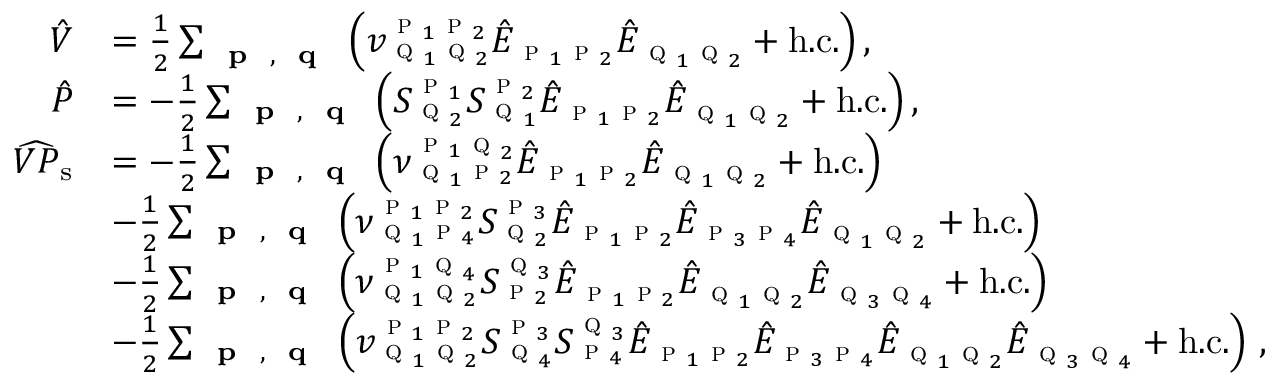
\begin{array} { r l } { \hat { V } } & { = \frac { 1 } { 2 } \sum _ { \textbf { \textsc { p } } , \textbf { \textsc { q } } } \left( v _ { \textsc { q } _ { 1 } \textsc { q } _ { 2 } } ^ { \textsc { p } _ { 1 } \textsc { p } _ { 2 } } \hat { E } _ { \textsc { p } _ { 1 } \textsc { p } _ { 2 } } \hat { E } _ { \textsc { q } _ { 1 } \textsc { q } _ { 2 } } + \mathrm { h . c . } \right) , } \\ { \hat { P } } & { = - \frac { 1 } { 2 } \sum _ { \substack { \textbf { \textsc { p } } , \textbf { \textsc { q } } } } \left( S _ { \textsc { q } _ { 2 } } ^ { \textsc { p } _ { 1 } } S _ { \textsc { q } _ { 1 } } ^ { \textsc { p } _ { 2 } } \hat { E } _ { \textsc { p } _ { 1 } \textsc { p } _ { 2 } } \hat { E } _ { \textsc { q } _ { 1 } \textsc { q } _ { 2 } } + \mathrm { h . c . } \right) , \, } \\ { \widehat { V P } _ { \mathrm { s } } } & { = - \frac { 1 } { 2 } \sum _ { \substack { \textbf { \textsc { p } } , \textbf { \textsc { q } } } } \left( \nu _ { \textsc { q } _ { 1 } \textsc { p } _ { 2 } } ^ { \textsc { p } _ { 1 } \textsc { q } _ { 2 } } \hat { E } _ { \textsc { p } _ { 1 } \textsc { p } _ { 2 } } \hat { E } _ { \textsc { q } _ { 1 } \textsc { q } _ { 2 } } + \mathrm { h . c . } \right) } \\ & { - \frac { 1 } { 2 } \sum _ { \substack { \textbf { \textsc { p } } , \textbf { \textsc { q } } } } \left( \nu _ { \textsc { q } _ { 1 } \textsc { p } _ { 4 } } ^ { \textsc { p } _ { 1 } \textsc { p } _ { 2 } } S _ { \textsc { q } _ { 2 } } ^ { \textsc { p } _ { 3 } } \hat { E } _ { \textsc { p } _ { 1 } \textsc { p } _ { 2 } } \hat { E } _ { \textsc { p } _ { 3 } \textsc { p } _ { 4 } } \hat { E } _ { \textsc { q } _ { 1 } \textsc { q } _ { 2 } } + \mathrm { h . c . } \right) } \\ & { - \frac { 1 } { 2 } \sum _ { \substack { \textbf { \textsc { p } } , \textbf { \textsc { q } } } } \left( \nu _ { \textsc { q } _ { 1 } \textsc { q } _ { 2 } } ^ { \textsc { p } _ { 1 } \textsc { q } _ { 4 } } S _ { \textsc { p } _ { 2 } } ^ { \textsc { q } _ { 3 } } \hat { E } _ { \textsc { p } _ { 1 } \textsc { p } _ { 2 } } \hat { E } _ { \textsc { q } _ { 1 } \textsc { q } _ { 2 } } \hat { E } _ { \textsc { q } _ { 3 } \textsc { q } _ { 4 } } + \mathrm { h . c . } \right) } \\ & { - \frac { 1 } { 2 } \sum _ { \substack { \textbf { \textsc { p } } , \textbf { \textsc { q } } } } \left( v _ { \textsc { q } _ { 1 } \textsc { q } _ { 2 } } ^ { \textsc { p } _ { 1 } \textsc { p } _ { 2 } } S _ { \textsc { q } _ { 4 } } ^ { \textsc { p } _ { 3 } } S _ { \textsc { p } _ { 4 } } ^ { \textsc { q } _ { 3 } } \hat { E } _ { \textsc { p } _ { 1 } \textsc { p } _ { 2 } } \hat { E } _ { \textsc { p } _ { 3 } \textsc { p } _ { 4 } } \hat { E } _ { \textsc { q } _ { 1 } \textsc { q } _ { 2 } } \hat { E } _ { \textsc { q } _ { 3 } \textsc { q } _ { 4 } } + \mathrm { h . c . } \right) \, , } \end{array}